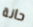
حانة